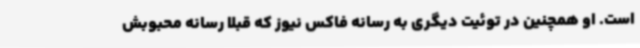
است. او همچنین در توئیت دیگری به رسانه فاکس نیوز که قبلا رسانه محبوبش